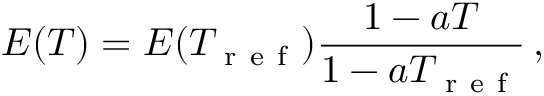
E ( T ) = E ( T _ { \mathrm { ~ r ~ e ~ f ~ } } ) \frac { 1 - a T } { 1 - a T _ { \mathrm { ~ r ~ e ~ f ~ } } } \, ,